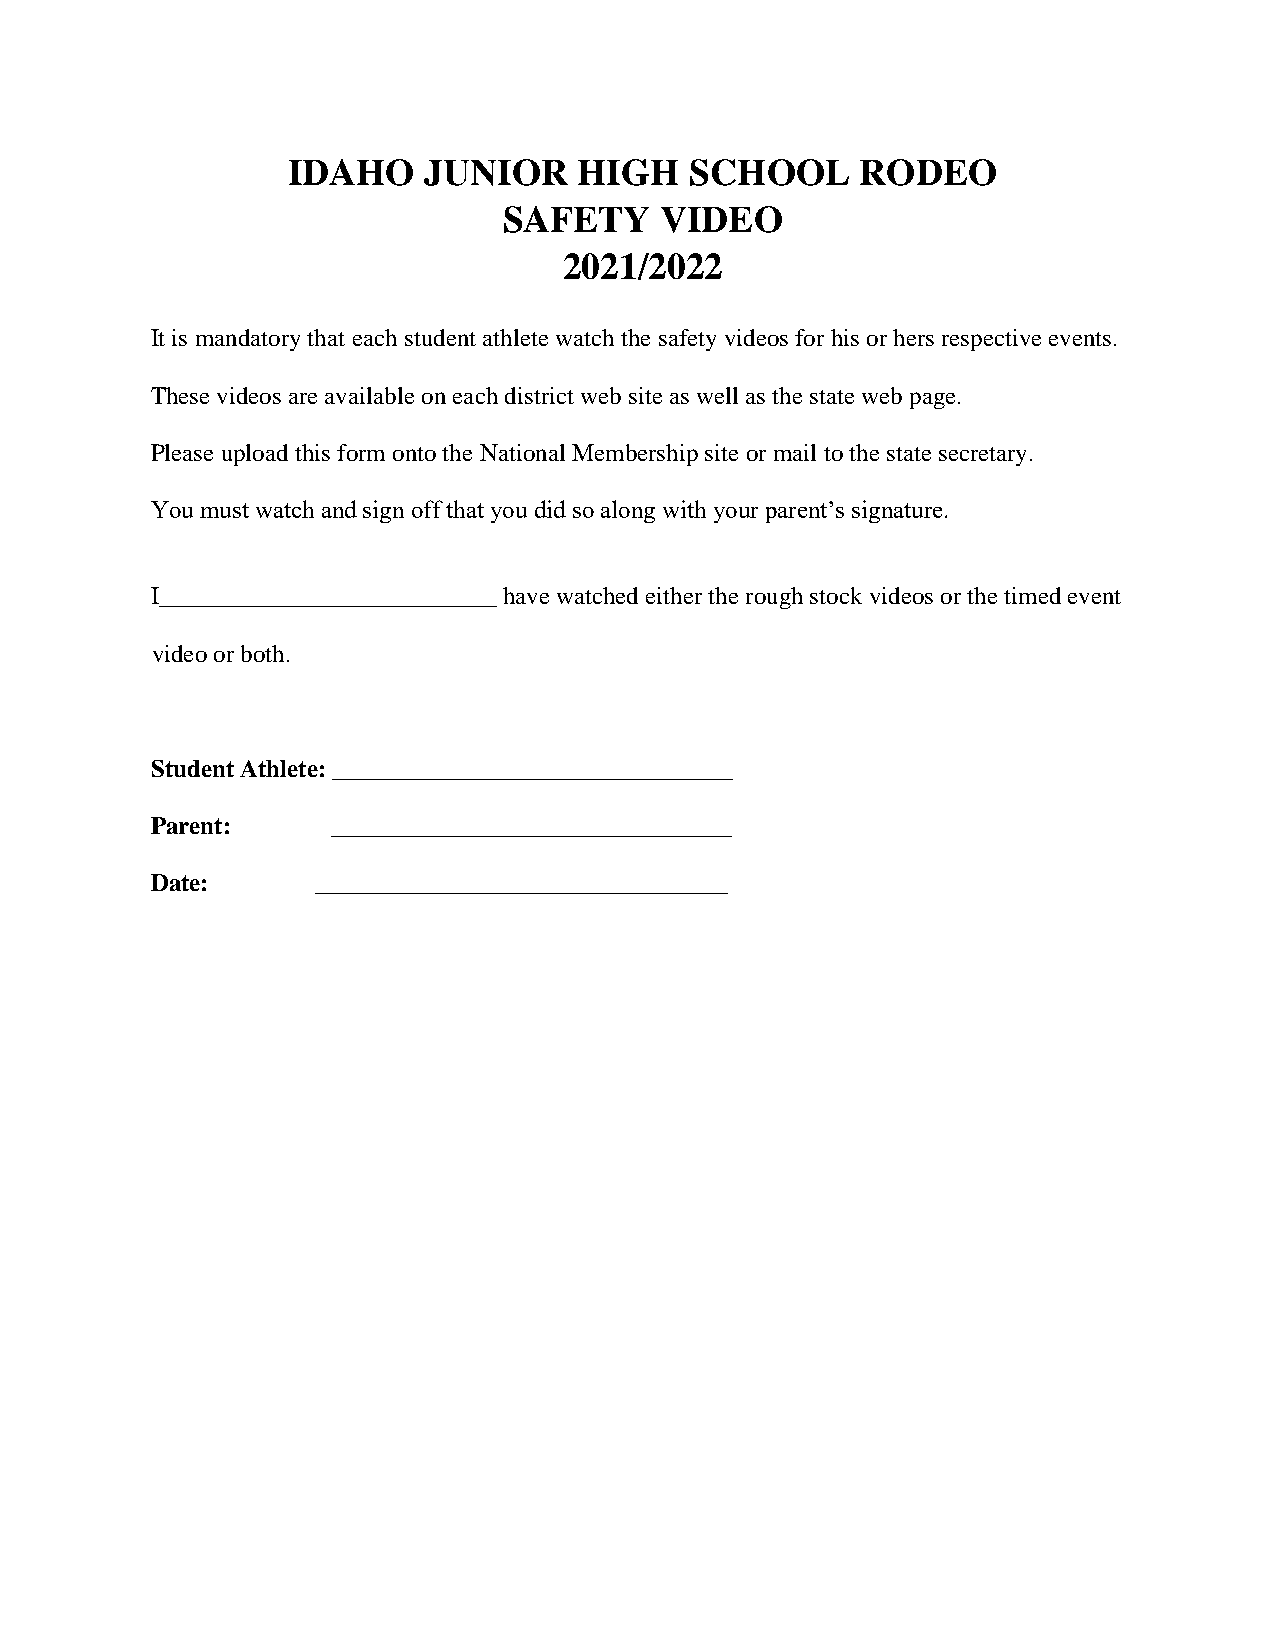
IDAHO    JUNIOR    HIGH    SCHOOL     RODEO
 SAFETY     VIDEO
 2021/2022
 It is mandatory that each student athlete watch the safety videos for his or hers respective events.
 These videos are available on each district web site as well as the state web page.
 Please upload this form onto the National Membership site or mail to the state secretary.
 You must watch and sign off that you did so along with your parent’s signature.
 I___________________________ have watched either the rough stock videos or the timed event
 video or both.
 Student Athlete: ________________________________
 Parent:     ________________________________
 Date:      _________________________________